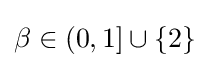
\beta \in (0,1]\cup \{2\}